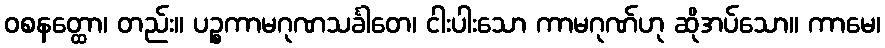
ဝစနတ္ထော၊ တည်း။ ပဉ္စကာမဂုဏသင်္ခါတေ၊ ငါးပါးသော ကာမဂုဏ်ဟု ဆိုအပ်သော။ ကာမေ၊